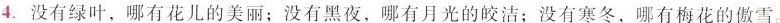
4.没有绿叶，哪有花儿的美丽；没有黑夜，哪有月光的皎洁；没有寒冬，哪有梅花的傲雪。